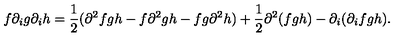
f \partial _ { i } g \partial _ { i } h = \frac { 1 } { 2 } ( \partial ^ { 2 } f g h - f \partial ^ { 2 } g h - f g \partial ^ { 2 } h ) + \frac { 1 } { 2 } \partial ^ { 2 } ( f g h ) - \partial _ { i } ( \partial _ { i } f g h ) .